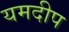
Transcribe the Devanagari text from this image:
यमदीप